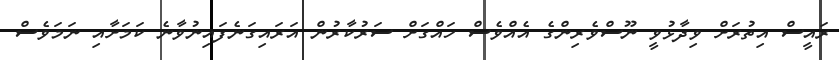
ރައީސް އިތުރަށް ވިދާޅުވީ ނޫސްވެރިންގެ އެއްވެސް ހައްގަށް ސަރުކާރުން އަރައިގަނެފައިނުވާނެ ކަމަށާއި ނަމަވެސް